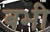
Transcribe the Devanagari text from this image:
बभी